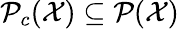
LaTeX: \mathcal P_{c}(\mathcal X)\subseteq\mathcal P(\mathcal X)